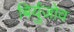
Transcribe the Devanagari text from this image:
बिर्युज़ोव